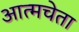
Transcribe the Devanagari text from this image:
आत्मचेता